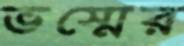
ভস্মের